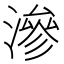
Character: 滲